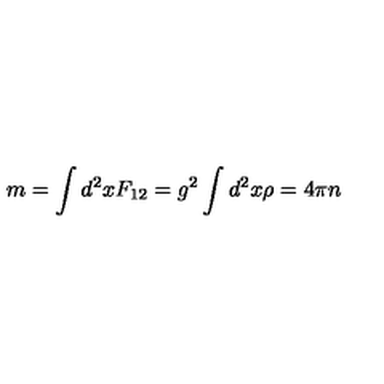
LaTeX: m = \int d ^ { 2 } x F _ { 1 2 } = g ^ { 2 } \int d ^ { 2 } x \rho = 4 \pi n